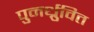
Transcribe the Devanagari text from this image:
पुनर्ध्रुवित